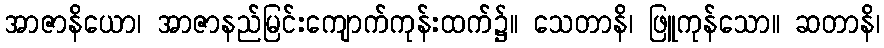
အာဇာနိယော၊ အာဇာနည်မြင်းကျောက်ကုန်းထက်၌။ သေတာနိ၊ ဖြူကုန်သော။ ဆတာနိ၊